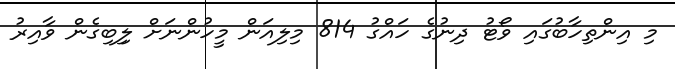
މި އިންތިހާބުގައި ވޯޓު ދިނުގެ ހައްގު 814 މިލިއަން މީހުންނަށް ލިިބިގެން ވާއިރު